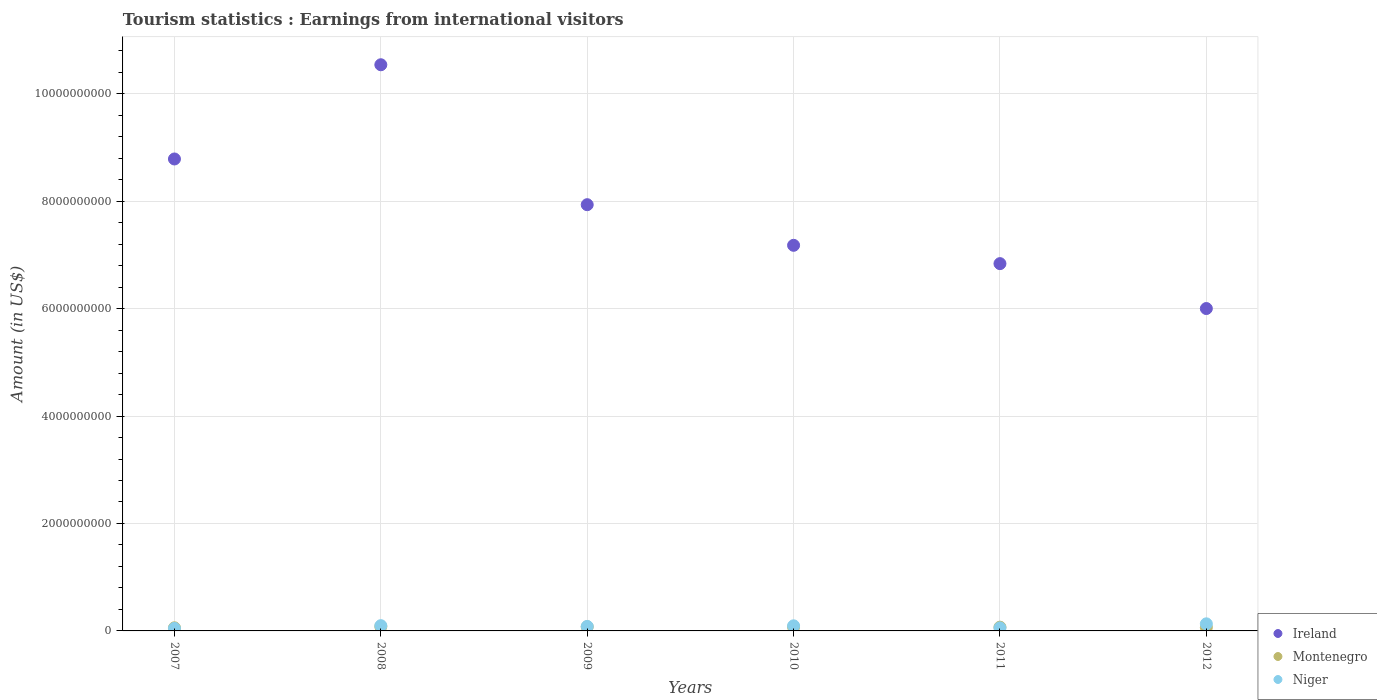
| Years | Ireland | Montenegro | Niger |
 | --- | --- | --- | --- |
 | 2007 | 8.78e+09 | 5.8e+07 | 4.8e+07 |
 | 2008 | 1.05e+10 | 8e+07 | 9.8e+07 |
 | 2009 | 7.93e+09 | 7.6e+07 | 8.4e+07 |
 | 2010 | 7.18e+09 | 7.2e+07 | 9.5e+07 |
 | 2011 | 6.84e+09 | 7e+07 | 5.7e+07 |
 | 2012 | 6e+09 | 6.7e+07 | 1.32e+08 |